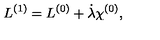
{ L } ^ { ( 1 ) } = { L } ^ { ( 0 ) } + \dot { \lambda } \chi ^ { ( 0 ) } ,